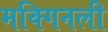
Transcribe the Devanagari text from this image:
मक्गिनली